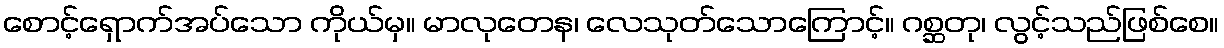
စောင့်ရှောက်အပ်သော ကိုယ်မှ။ မာလုတေန၊ လေသုတ်သောကြောင့်။ ဂစ္ဆတု၊ လွင့်သည်ဖြစ်စေ။